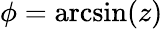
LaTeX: \phi=\arcsin(z)